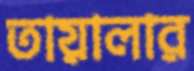
তায়ালার